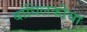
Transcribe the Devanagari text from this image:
बांधिलकीचा